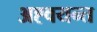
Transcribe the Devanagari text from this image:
अह्वयन्त